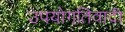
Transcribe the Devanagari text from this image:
उपयोगतिवादी